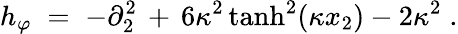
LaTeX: h_{\varphi}\; =\; -\partial_{2}^{2}\, +\, 6\kappa^{2}\operatorname{tanh}^{2}(\kappa x_{2})-2\kappa^{2}\; .